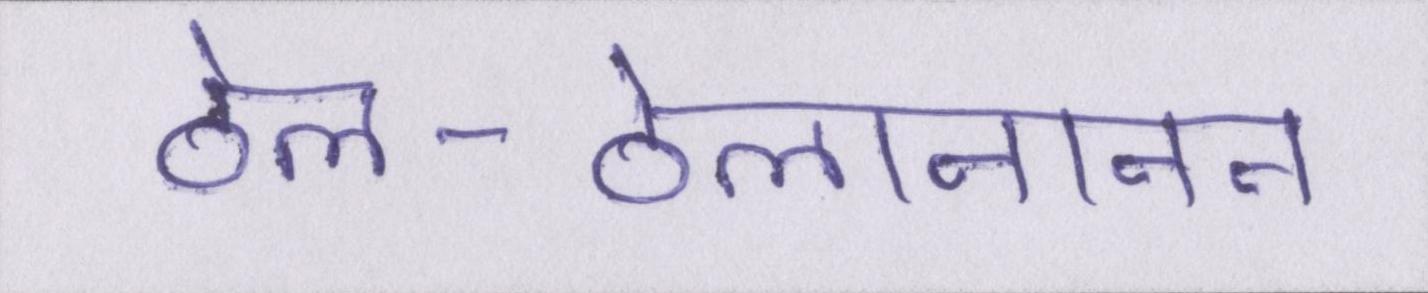
ठेल-ठेलानानन